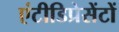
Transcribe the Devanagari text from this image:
एंटीडिप्रेसेंटों